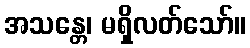
အသန္တေ၊ မရှိလတ်သော်။